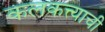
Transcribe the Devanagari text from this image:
कलकत्त्याची